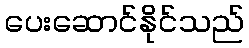
ပေးဆောင်နိုင်သည်